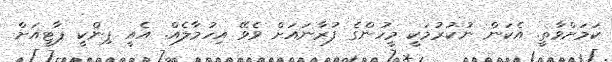
ކަމަށްވާތީ. އެކަން ނުކުރުމަކީ މީހުންގެ ފުރާނައަށް ވެވޭ އިހުމާލެއް. އެއީ ޕިންކީ ޕާޓީއަށް